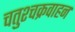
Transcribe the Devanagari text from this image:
चतुश्चक्रवाहन